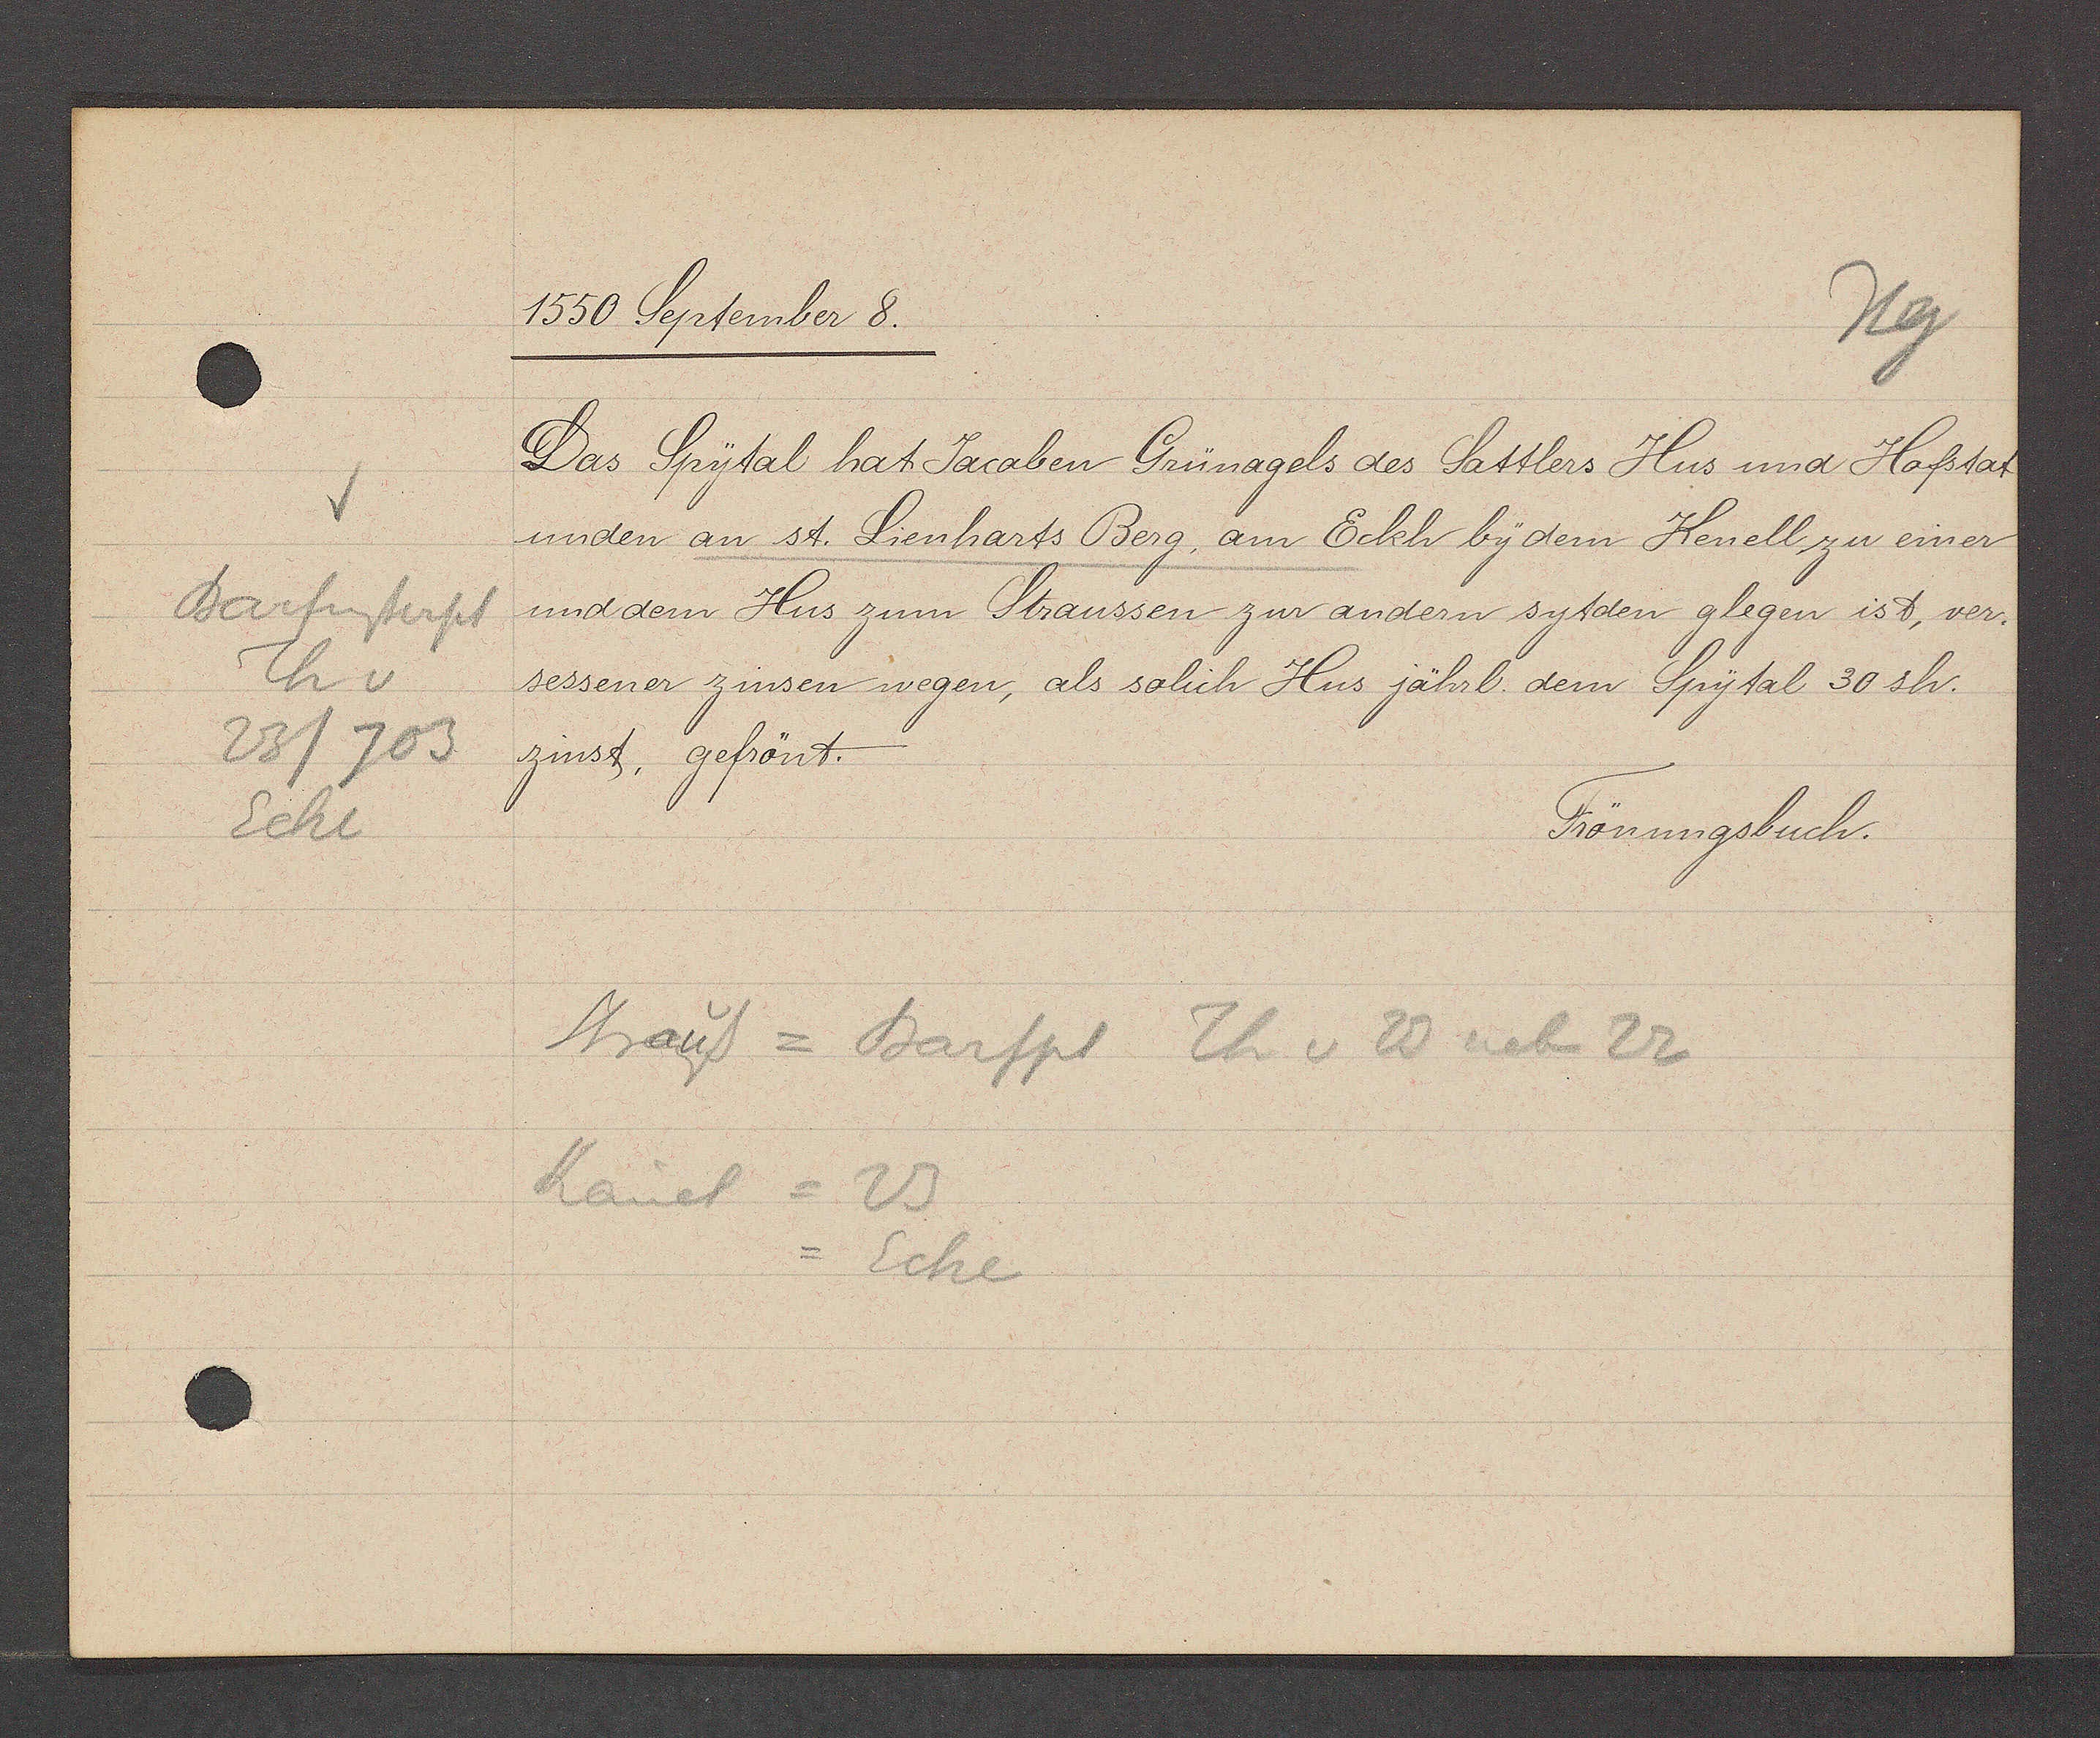
Transcript:
Barfüsserpl
Th v
23/703
Ecke

1550 September 8.

Das Spytal hat Jacoben Grünagels des Sattlers Hus und Hofstat
unden an st. Lienharts Berg, am Eckh by dem Kenell, zu einer
und dem Hus zum Straussen zur andern sytden glegen ist, ver¬
sessener zinsen wegen, als solich Hus jährl. dem Spytal 30 sh.
zinst, gefrönt.

Strauß = Barfpl Th v 20 neben 22
Kauel = 23
= Ecke

Frönungsbuch.